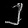
Digit: ၂